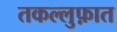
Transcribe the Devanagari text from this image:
तकल्लुफ़ात